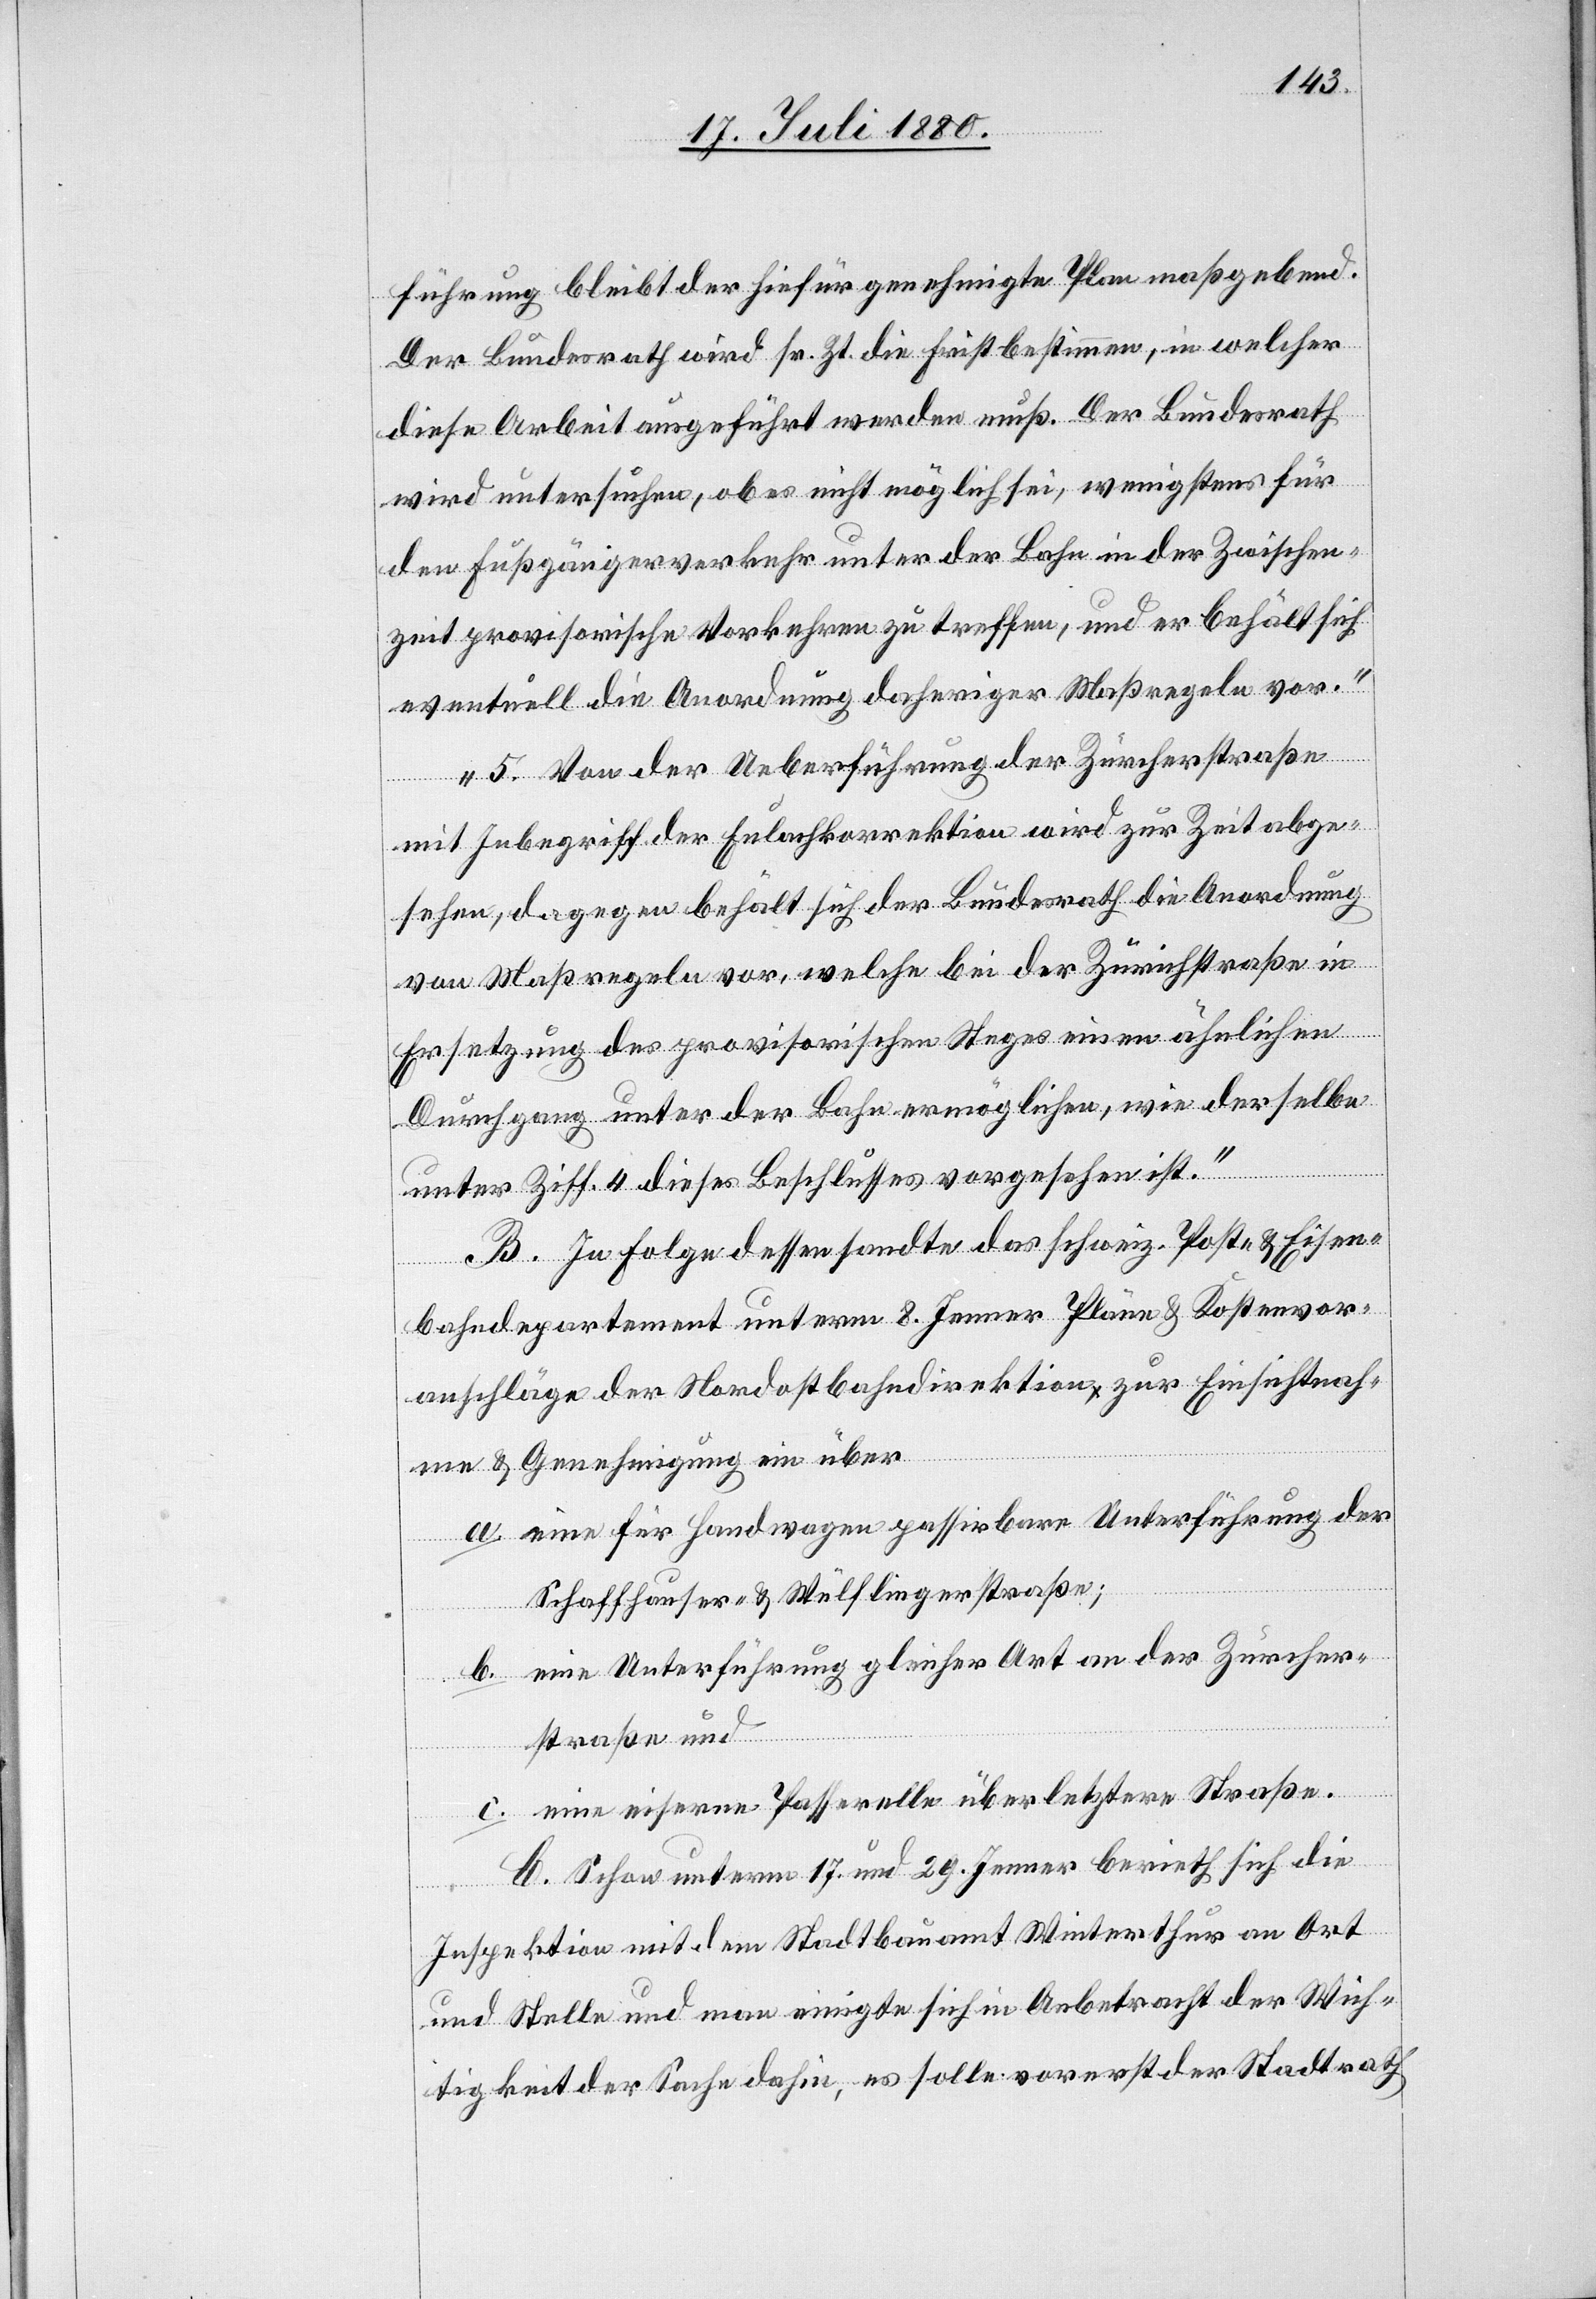
führung bleibt der hiefür genehmigte Plan maßgebend.
Der Bundesrath wird sr. Zt. die Frist bestimmen, in welcher
diese Arbeit ausgeführt werden muß. Der Bundesrath
wird untersuchen, ob es nicht möglich sei, wenigstens für
den Fußgängerverkehr unter der Bahn in der Zwischen¬
zeit provisorische Vorkehren zu treffen, und er behält sich
eventuell die Anordnung daheriger Maßregeln vor.
5. Von der Ueberführung der Zürcherstraße
mit Inbegriff der Eulachkorrektion wird zur Zeit abge¬
sehen, dagegen behält sich der Bundesrath die Anordnung
von Maßregeln vor, welche bei der Zürichstraße in
Ersetzung des provisorischen Weges einen ähnlichen
Durchgang unter der Bahn ermöglichen, wie derselben
unter Ziff. 4 dieses Beschlusses vorgesehen ist.“
B. In Folge dessen sandte das schweiz. Post- & Eisen¬
bahndepartement unterm 8. Jenner Pläne & Kostenvor¬
anschläge der Nordostbahndirektion zur Einsichtnah¬
me & Genehmigung ein über
a. eine für Handwagen passirbare Unterführung der
Schaffhauser- & Wülflingerstraße;
eine Unterführung gleicher Art an der Zürcher¬
b.
straße und
c. eine eiserne Passerelle über letztere Straße.
C. Schon unterm 17. und 29. Jenner berieth sich die
Inspektion mit dem Stadtbauamt Winterthur an Ort
und Stelle und man einigte sich in Anbetracht der Wich¬
tigkeit der Sache dahin, es solle vorerst der Stadtrath